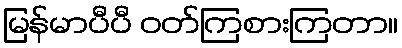
မြန်မာပီပီ ဝတ်ကြစားကြတာ။